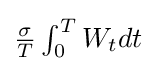
{\textstyle {\sigma  \over {T}}\int _{0}^{T}W_{t}dt}